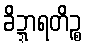
ခိဍ္ဍာရတိဉ္စ